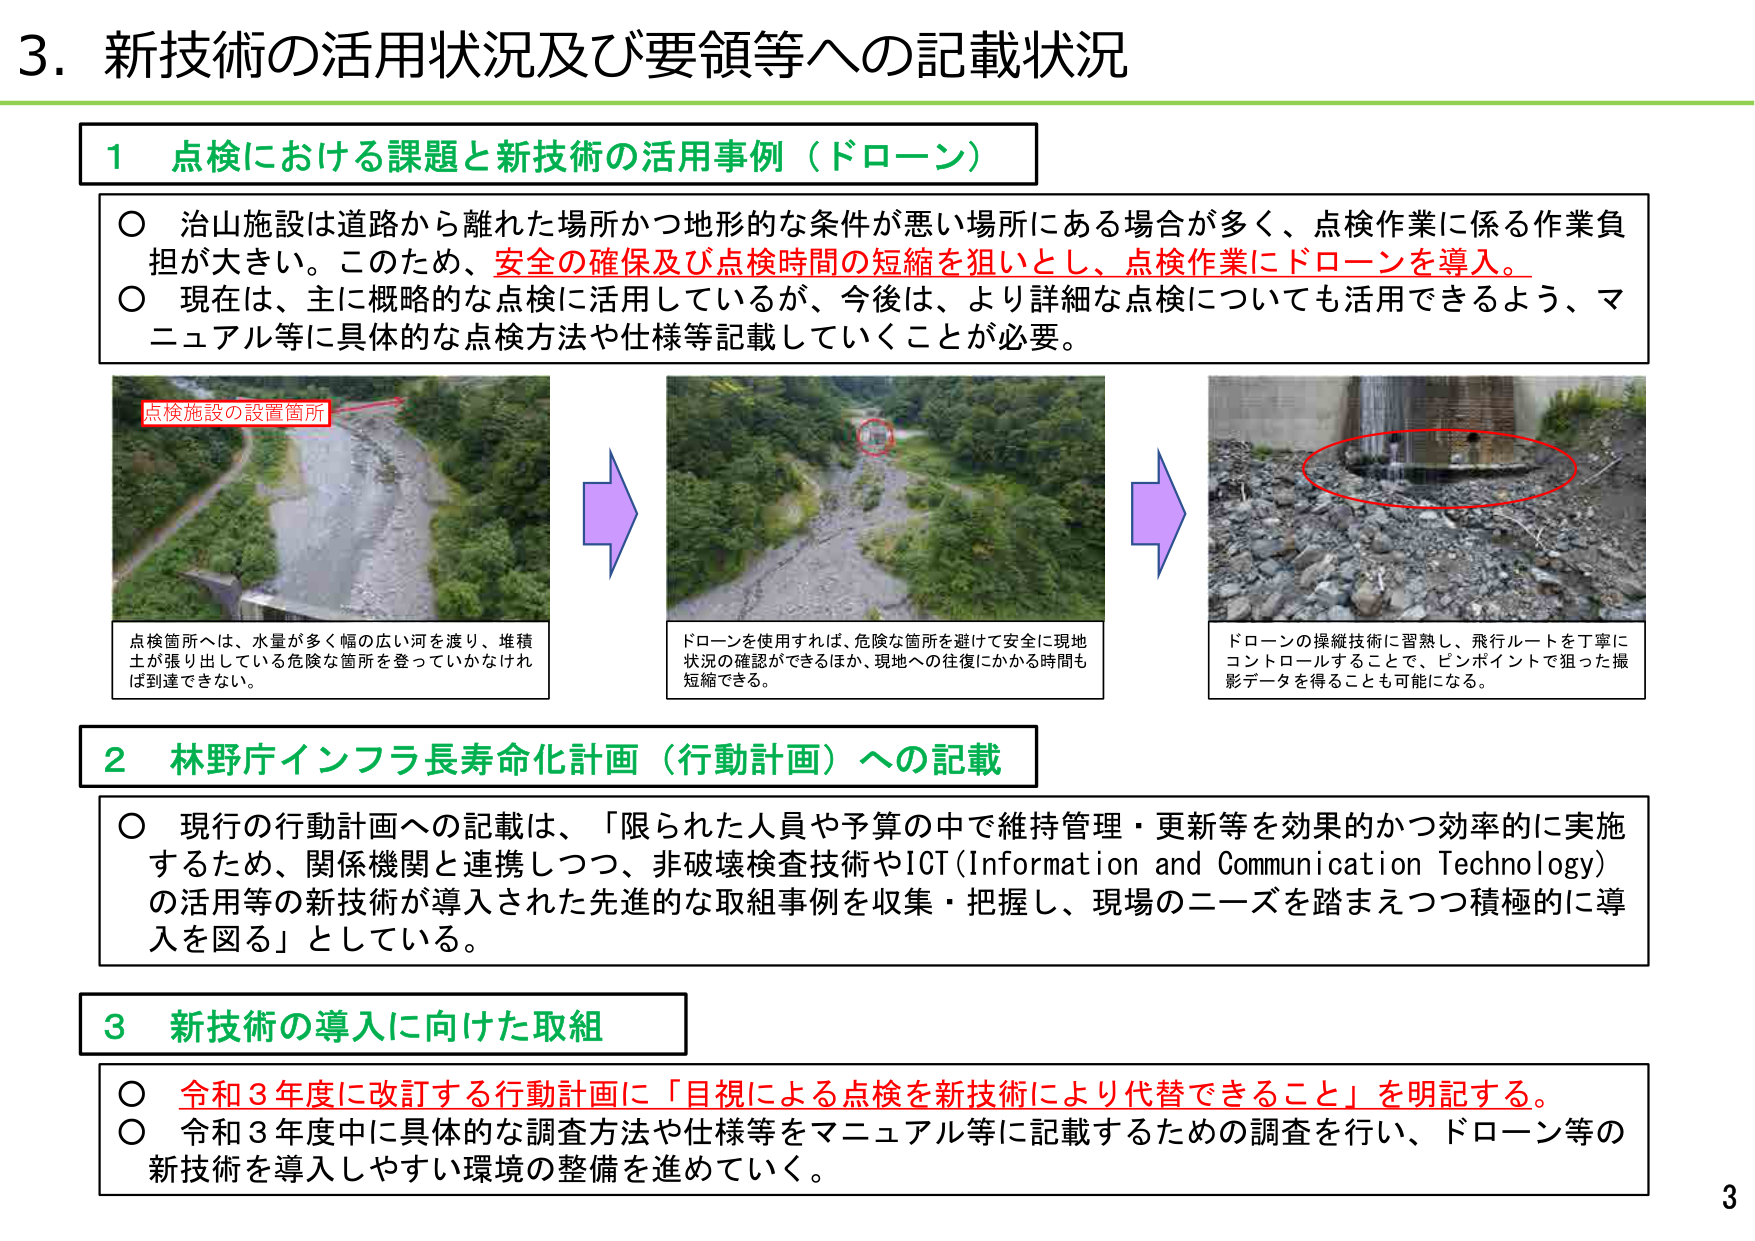
3. 新技術の活用状況及び要領等への記載状況

1 点検における課題と新技術の活用事例（ドローン）

○ 治山施設は道路から離れた場所かつ地形的な条件が悪い場所にある場合が多く、点検作業に係る作業負担が大きい。このため、安全の確保及び点検時間の短縮を狙いとし、点検作業にドローンを導入。

○ 現在は、主に概略的な点検に活用しているが、今後は、より詳細な点検についても活用できるよう、マニュアル等に具体的な点検方法や仕様等記載していくことが必要。

点検施設の設置箇所

点検箇所へは、水量が多く幅の広い河を渡り、堆積土が張り出している危険な箇所を登っていかなければ到達できない。

ドローンを使用すれば、危険な箇所を避けて安全に現地状況の確認ができるほか、現地への往復にかかる時間も短縮できる。

ドローンの操縦技術に習熟し、飛行ルートを丁寧にコントロールすることで、ピンポイントで狙った撮影データを得ることも可能になる。

2 林野庁インフラ長寿命化計画（行動計画）への記載

○ 現行の行動計画への記載は、「限られた人員や予算の中で維持管理・更新等を効果的かつ効率的に実施するため、関係機関と連携しつつ、非破壊検査技術やICT（Information and Communication Technology）の活用等の新技術が導入された先進的な取組事例を収集・把握し、現場のニーズを踏まえつつ積極的に導入を図る」としている。

3 新技術の導入に向けた取組

○ 令和3年度に改訂する行動計画に「目視による点検を新技術により代替できること」を明記する。

○ 令和3年度中に具体的な調査方法や仕様等をマニュアル等に記載するための調査を行い、ドローン等の新技術を導入しやすい環境の整備を進めていく。

3